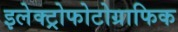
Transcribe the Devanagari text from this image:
इलेक्ट्रोफोटोग्राफिक